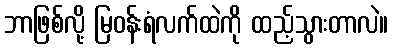
ဘာဖြစ်လို့ မြဝန်းရံလက်ထဲကို ထည့်သွားတာလဲ။